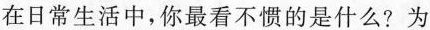
在日常生活中，你最看不惯的是什么? 为